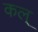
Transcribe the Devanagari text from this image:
कल्